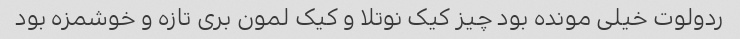
ردولوت خیلی مونده بود چیز کیک نوتلا و کیک لمون بری تازه و خوشمزه بود